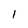
Character: 1